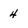
Character: 4